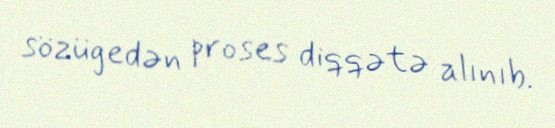
sözügedən proses diqqətə alınıb.